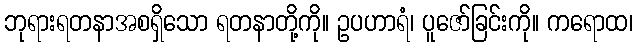
ဘုရားရတနာအစရှိသော ရတနာတို့ကို။ ဥပဟာရံ၊ ပူဇော်ခြင်းကို။ ကရောထ၊